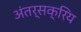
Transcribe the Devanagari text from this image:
अंतर्सक्रिय